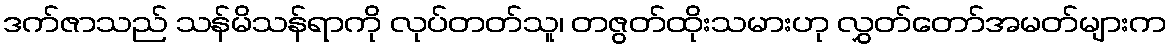
ဒက်ဇာသည် သန်မိသန်ရာကို လုပ်တတ်သူ၊ တဇွတ်ထိုးသမားဟု လွှတ်တော်အမတ်များက